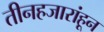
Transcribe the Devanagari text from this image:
तीनहजारांहून